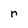
Character: r